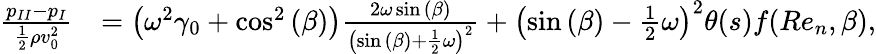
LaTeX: \begin{array}{rl}{\frac{{p_{II}}-{p_{I}}}{\frac{1}{2}\rho v_{0}^{2}}}&{=\left(\omega^{2}\gamma_{0}+\cos^{2}{(\beta)}\right)\frac{2\omega\sin{(\beta)}}{\left(\sin{(\beta)}+\frac{1}{2}\omega\right)^{2}}+\left(\sin{(\beta)}-\frac{1}{2}\omega\right)^{2}\theta(s)f(Re_{n},\beta),}\end{array}